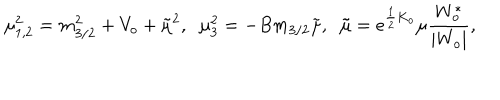
LaTeX: \mu _ { 1 , 2 } ^ { 2 } = m _ { 3 / 2 } ^ { 2 } + V _ { o } + { \tilde { \mu } } ^ { 2 } , \; \; \mu _ { 3 } ^ { 2 } = - B m _ { 3 / 2 } { \tilde { \mu } } , \; \; { \tilde { \mu } } = e ^ { \frac { 1 } { 2 } K _ { o } } \mu \frac { W _ { o } ^ { * } } { | W _ { o } | } ,